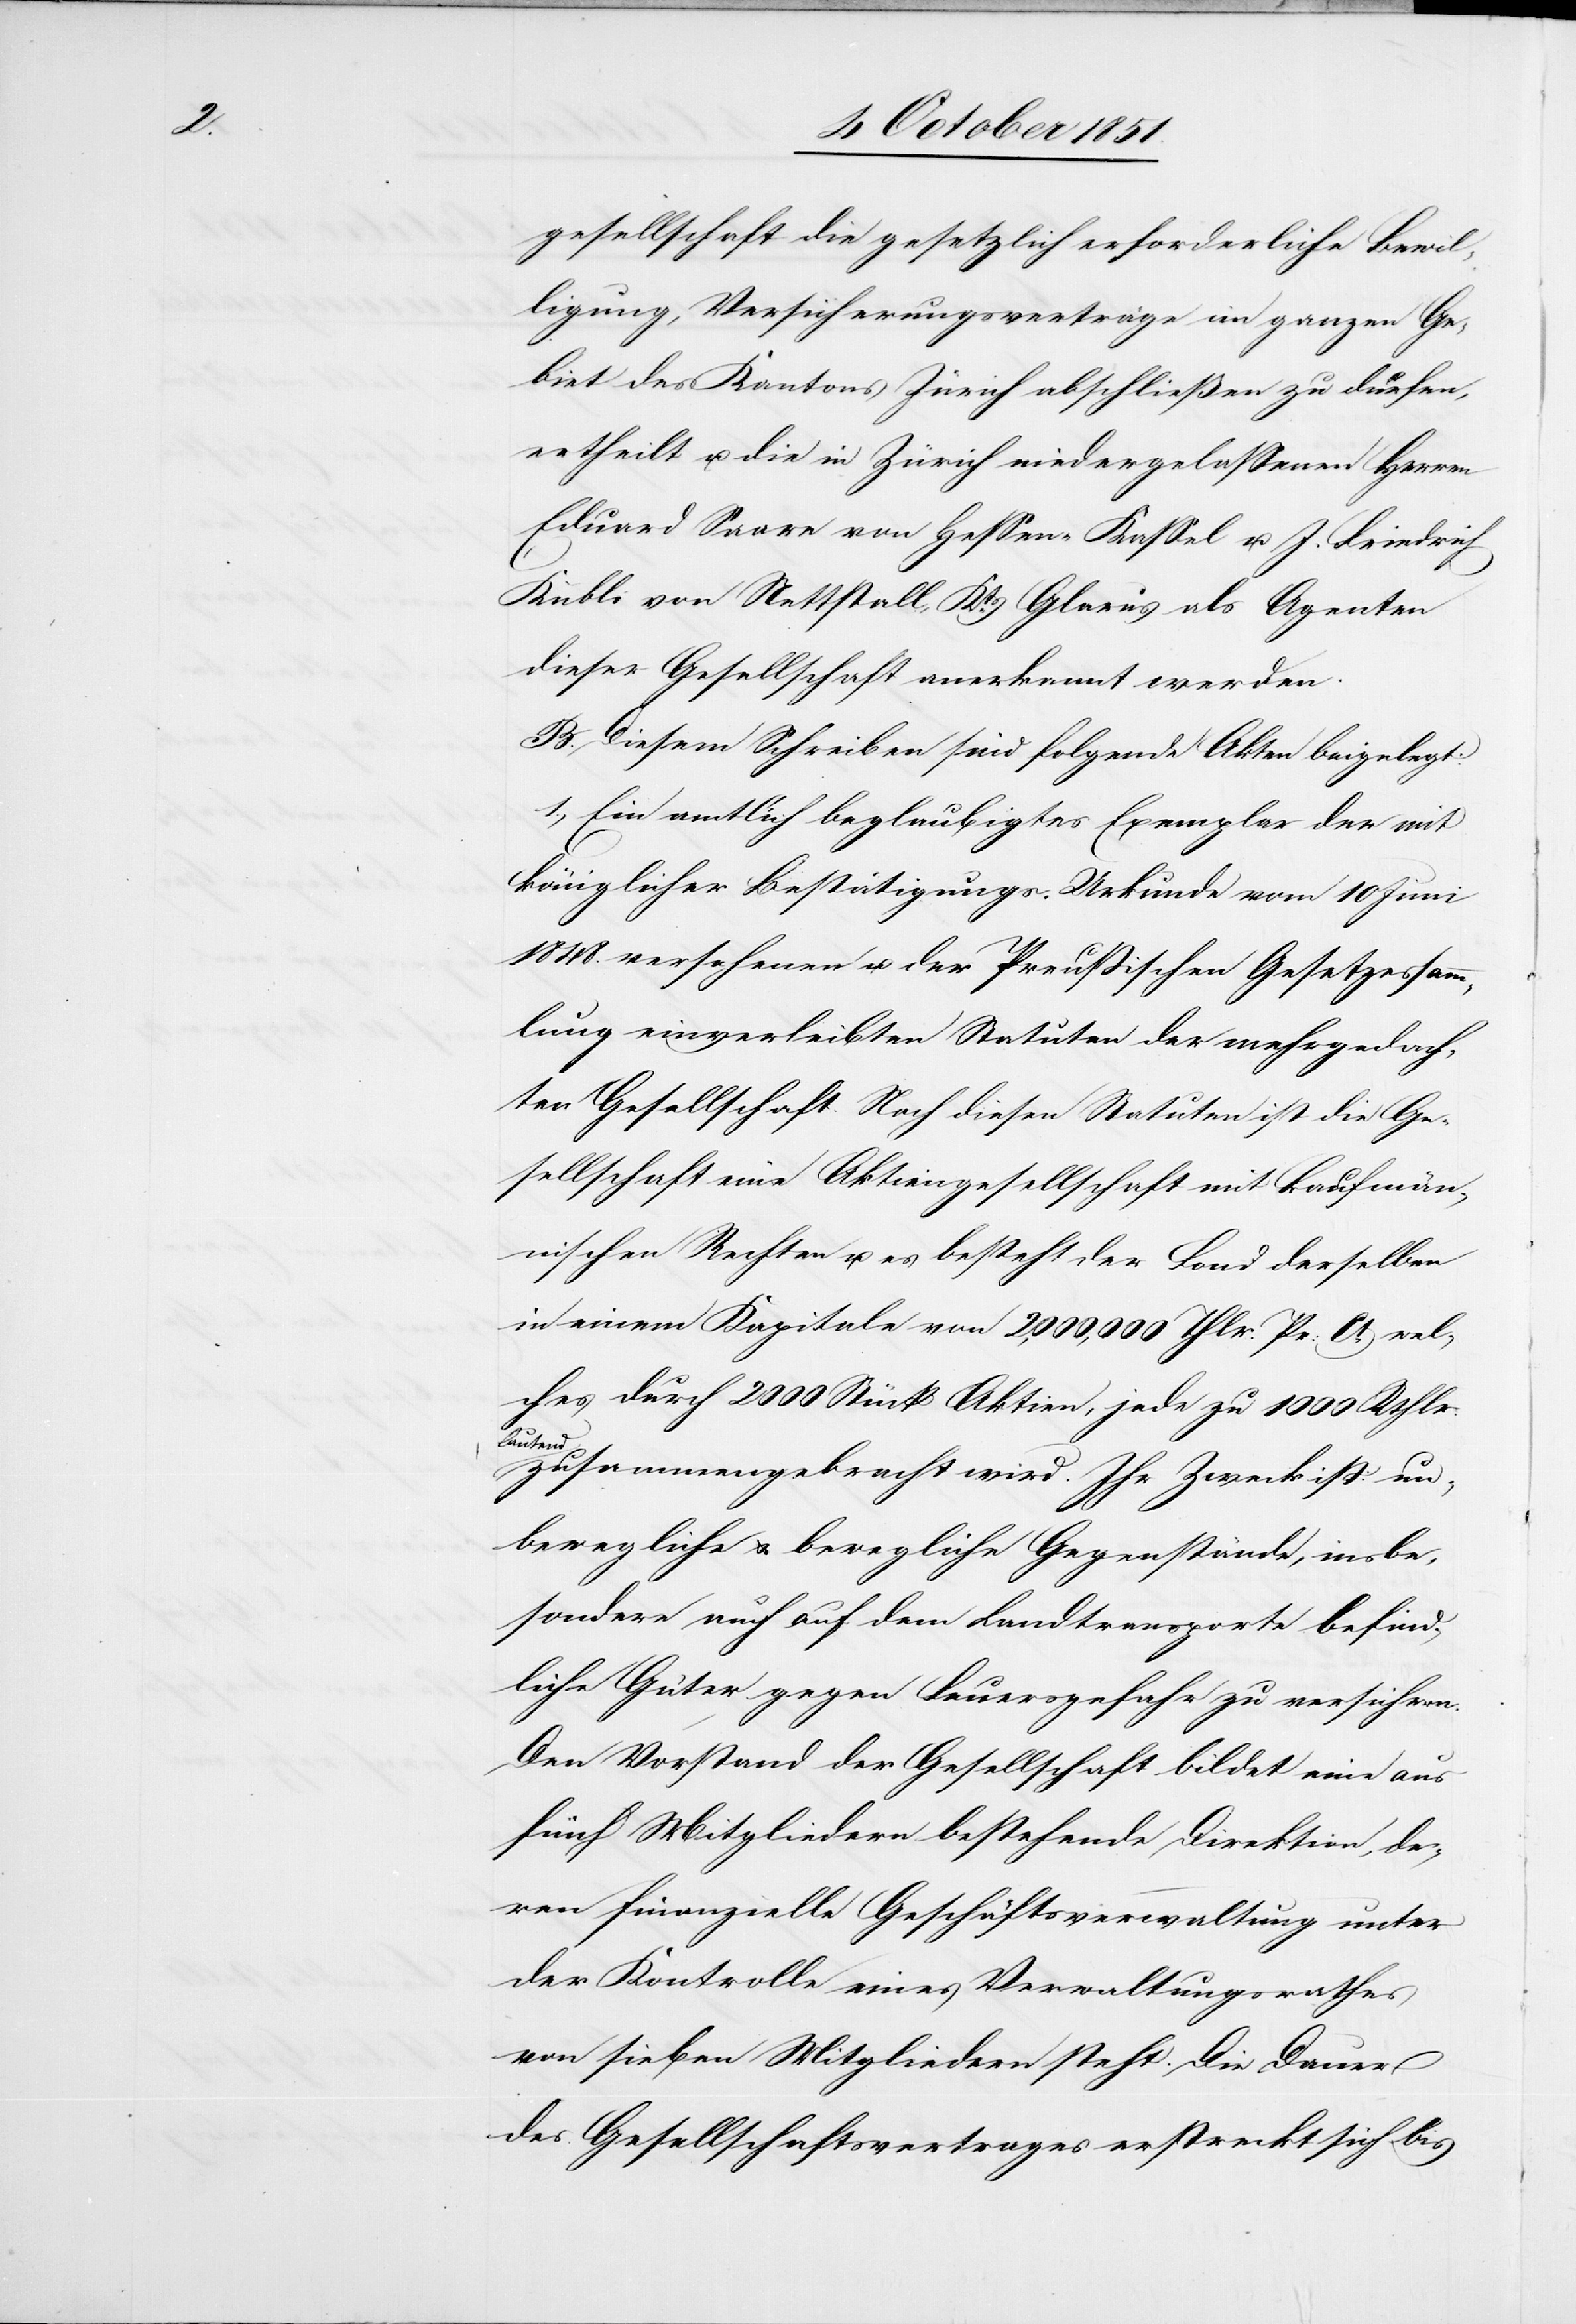
gesellschaft die gesetzlich erforderliche Bewil¬
ligung, Versicherungsverträge im ganzen Ge¬
biet des Kantons Zürich abschließen zu dürfen,
ertheilt u. die in Zürich niedergelassenen Herren
Eduard Saare von Hessen-Kassel u. J. Friedrich
Kubli von Nettstall, Kts. Glarus als Agenten
dieser Gesellschaft anerkannt werden.
B. Diesem Schreiben sind folgende Akten beigelegt:
1., Ein amtlich beglaubigtes Exemplar der mit
königlicher Bestätigungs-Urkunde vom 10 Juni
1848. versehenen u. der Preußischen Gesetzessamm¬
lung einverleibten Statuten der mehrgedach¬
ten Gesellschaft. Nach diesen Statuten ist die Ge¬
sellschaft eine Aktiengesellschaft mit kaufmän¬
nischen Rechten u. es besteht der Fond derselben
in einem Kapitale von 2,000,000 Thlr. Pr: Ct. wel¬
ches durch 2000 Stück Aktien, jede zu 1000 Rthlr.
lautend
zusammengebracht wird. Ihr Zweck ist: un¬
bewegliche & bewegliche Gegenstände, insbe¬
sondere auch auf dem Landtransporte befind¬
liche Güter gegen Feuersgefahr zu versichern.
Den Vorstand der Gesellschaft bildet eine aus
fünf Mitgliedern bestehende Direktion, de¬
ren finanzielle Geschäftsverwaltung unter
der Kontrolle eines Verwaltungsrathes
von sieben Mitgliedern steht. Die Dauer
des Gesellschaftsvertrages erstreckt sich bis